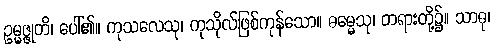
ဥမ္မဇ္ဇုတိ၊ ပေါ်၏။ ကုသလေသု၊ ကုသိုလ်ဖြစ်ကုန်သော။ ဓမ္မေသု၊ တရားတို့၌။ သာဓု၊